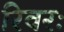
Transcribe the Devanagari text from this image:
रिवरः